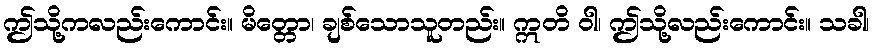
ဤသို့ကလည်းကောင်း။ မိတ္တော၊ ချစ်သောသူတည်း။ ဣတိ ဝါ၊ ဤသို့လည်းကောင်း။ သခါ၊